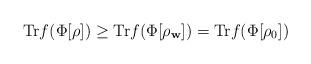
LaTeX: \begin{align*}\mathrm{Tr}f(\Phi [ \rho ])\geq \mathrm{Tr}f(\Phi [ \rho _{\mathbf{w}}])=\mathrm{Tr}f(\Phi [ \rho _{0}]) \end{align*}